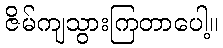
ဇိမ်ကျသွားကြတာပေါ့။